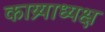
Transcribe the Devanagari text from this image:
काय्र्याध्यक्ष